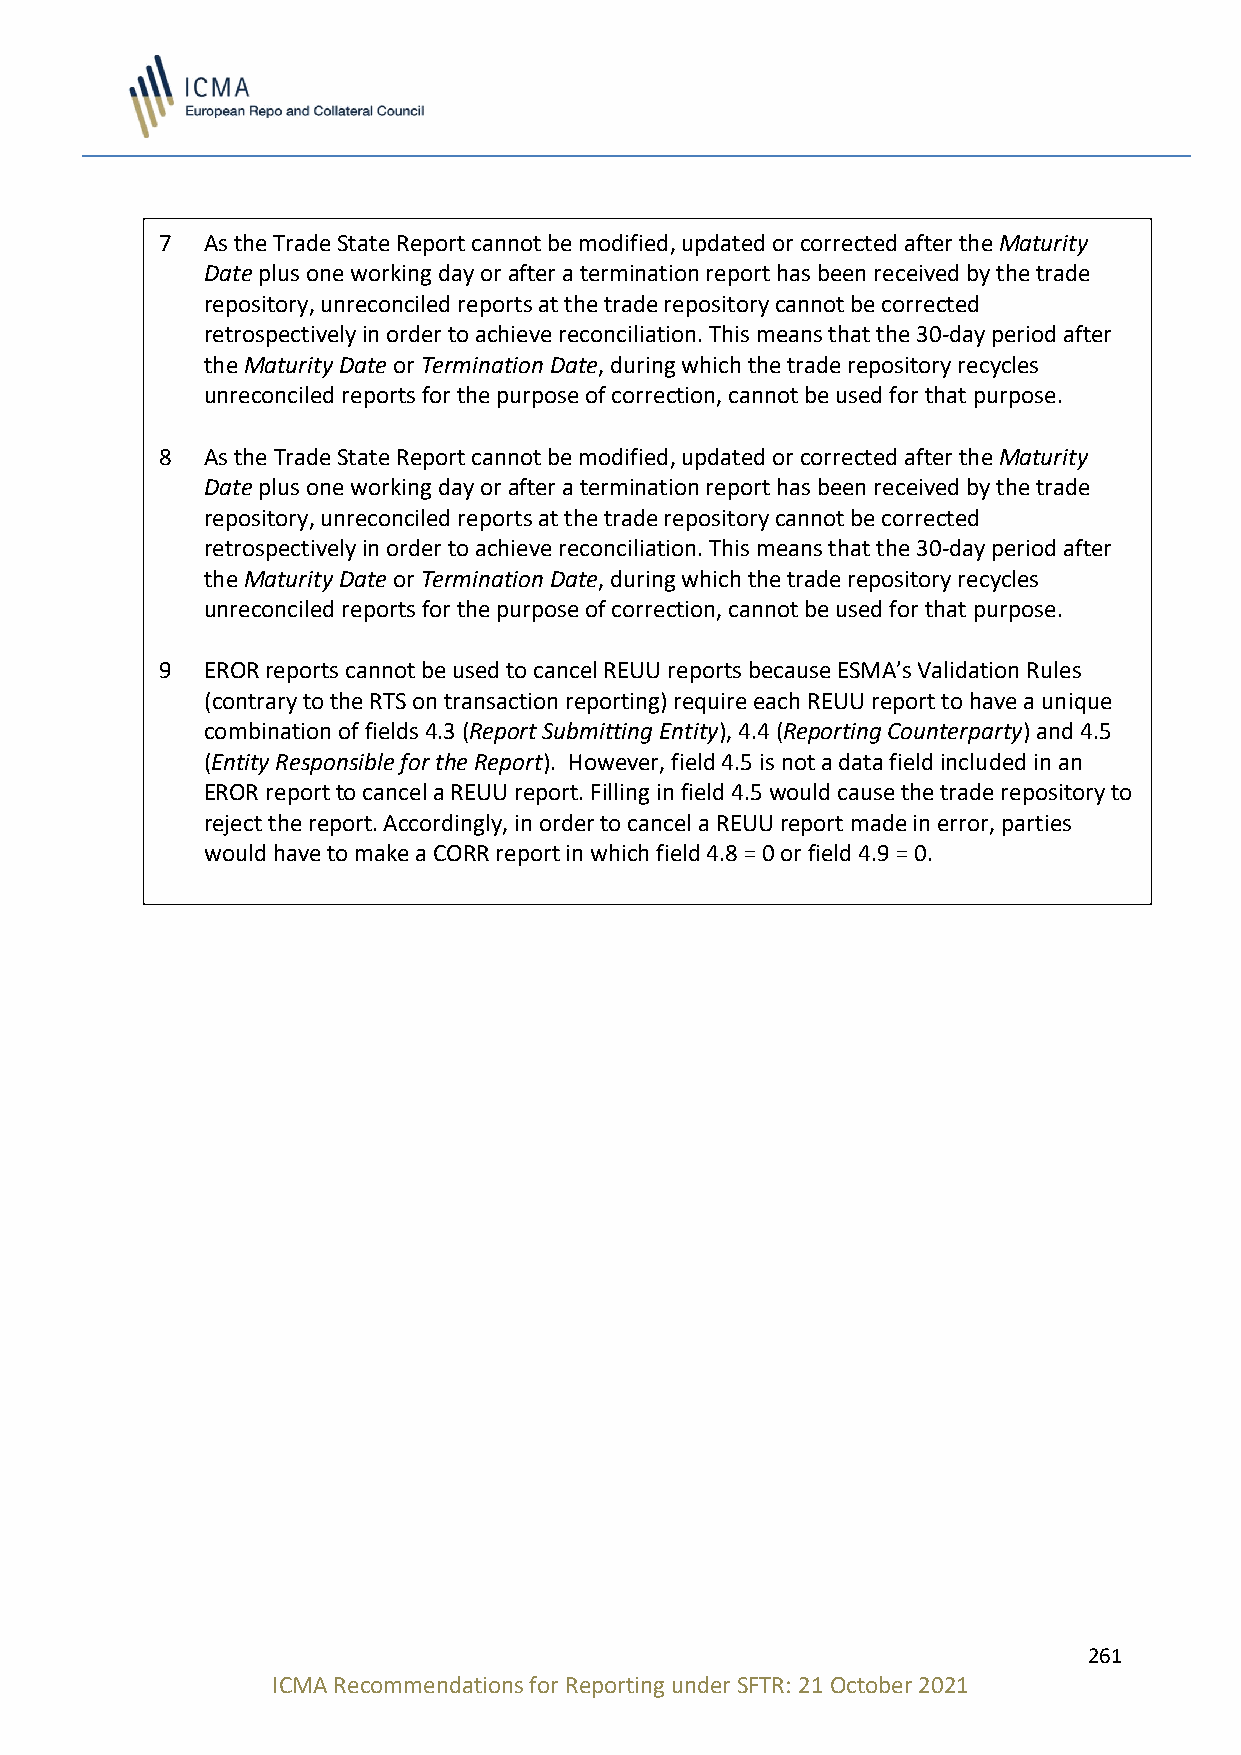
7 As the Trade State Report cannot be modified, updated or corrected after the Maturity
 Date plus one working day or after a termination report has been received by the trade
 repository, unreconciled reports at the trade repository cannot be corrected
 retrospectively in order to achieve reconciliation. This means that the 30-day period after
 the Maturity Date or Termination Date, during which the trade repository recycles
 unreconciled reports for the purpose of correction, cannot be used for that purpose.
 8 As the Trade State Report cannot be modified, updated or corrected after the Maturity
 Date plus one working day or after a termination report has been received by the trade
 repository, unreconciled reports at the trade repository cannot be corrected
 retrospectively in order to achieve reconciliation. This means that the 30-day period after
 the Maturity Date or Termination Date, during which the trade repository recycles
 unreconciled reports for the purpose of correction, cannot be used for that purpose.
 9 EROR reports cannot be used to cancel REUU reports because ESMA’s Validation Rules
 (contrary to the RTS on transaction reporting) require each REUU report to have a unique
 combination of fields 4.3 (Report Submitting Entity), 4.4 (Reporting Counterparty) and 4.5
 (Entity Responsible for the Report). However, field 4.5 is not a data field included in an
 EROR report to cancel a REUU report. Filling in field 4.5 would cause the trade repository to
 reject the report. Accordingly, in order to cancel a REUU report made in error, parties
 would have to make a CORR report in which field 4.8 = 0 or field 4.9 = 0.
 261
 ICMA Recommendations for Reporting under SFTR: 21 October 2021